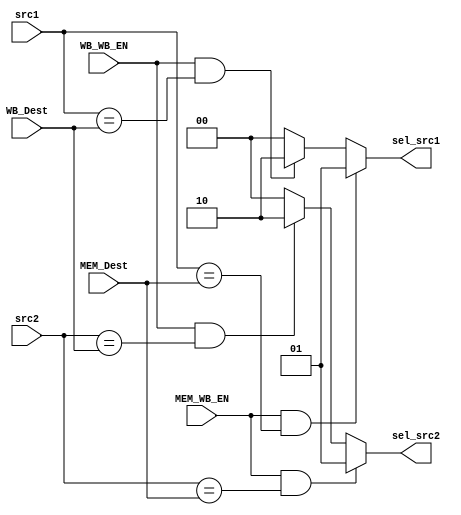
module Forwarding_Unit (src1, src2, MEM_Dest, MEM_WB_EN, WB_Dest, WB_WB_EN, sel_src1, sel_src2);
  
  input [3:0] src1, src2, MEM_Dest, WB_Dest;
  input MEM_WB_EN, WB_WB_EN;
  output reg [1:0] sel_src1, sel_src2;
  
  always @(src1, MEM_Dest, MEM_WB_EN, WB_Dest, WB_WB_EN) begin
    sel_src1 = 2'h0;
    if(MEM_WB_EN && src1 == MEM_Dest) sel_src1 = 2'h1;
    else if(WB_WB_EN && src1 == WB_Dest) sel_src1 = 2'h2;
  end
  
  always @(src2, MEM_Dest, MEM_WB_EN, WB_Dest, WB_WB_EN) begin
    sel_src2 = 2'h0;
    if(MEM_WB_EN && src2 == MEM_Dest) sel_src2 = 2'h1;
    else if(WB_WB_EN && src2 == WB_Dest) sel_src2 = 2'h2;
  end
  
endmodule